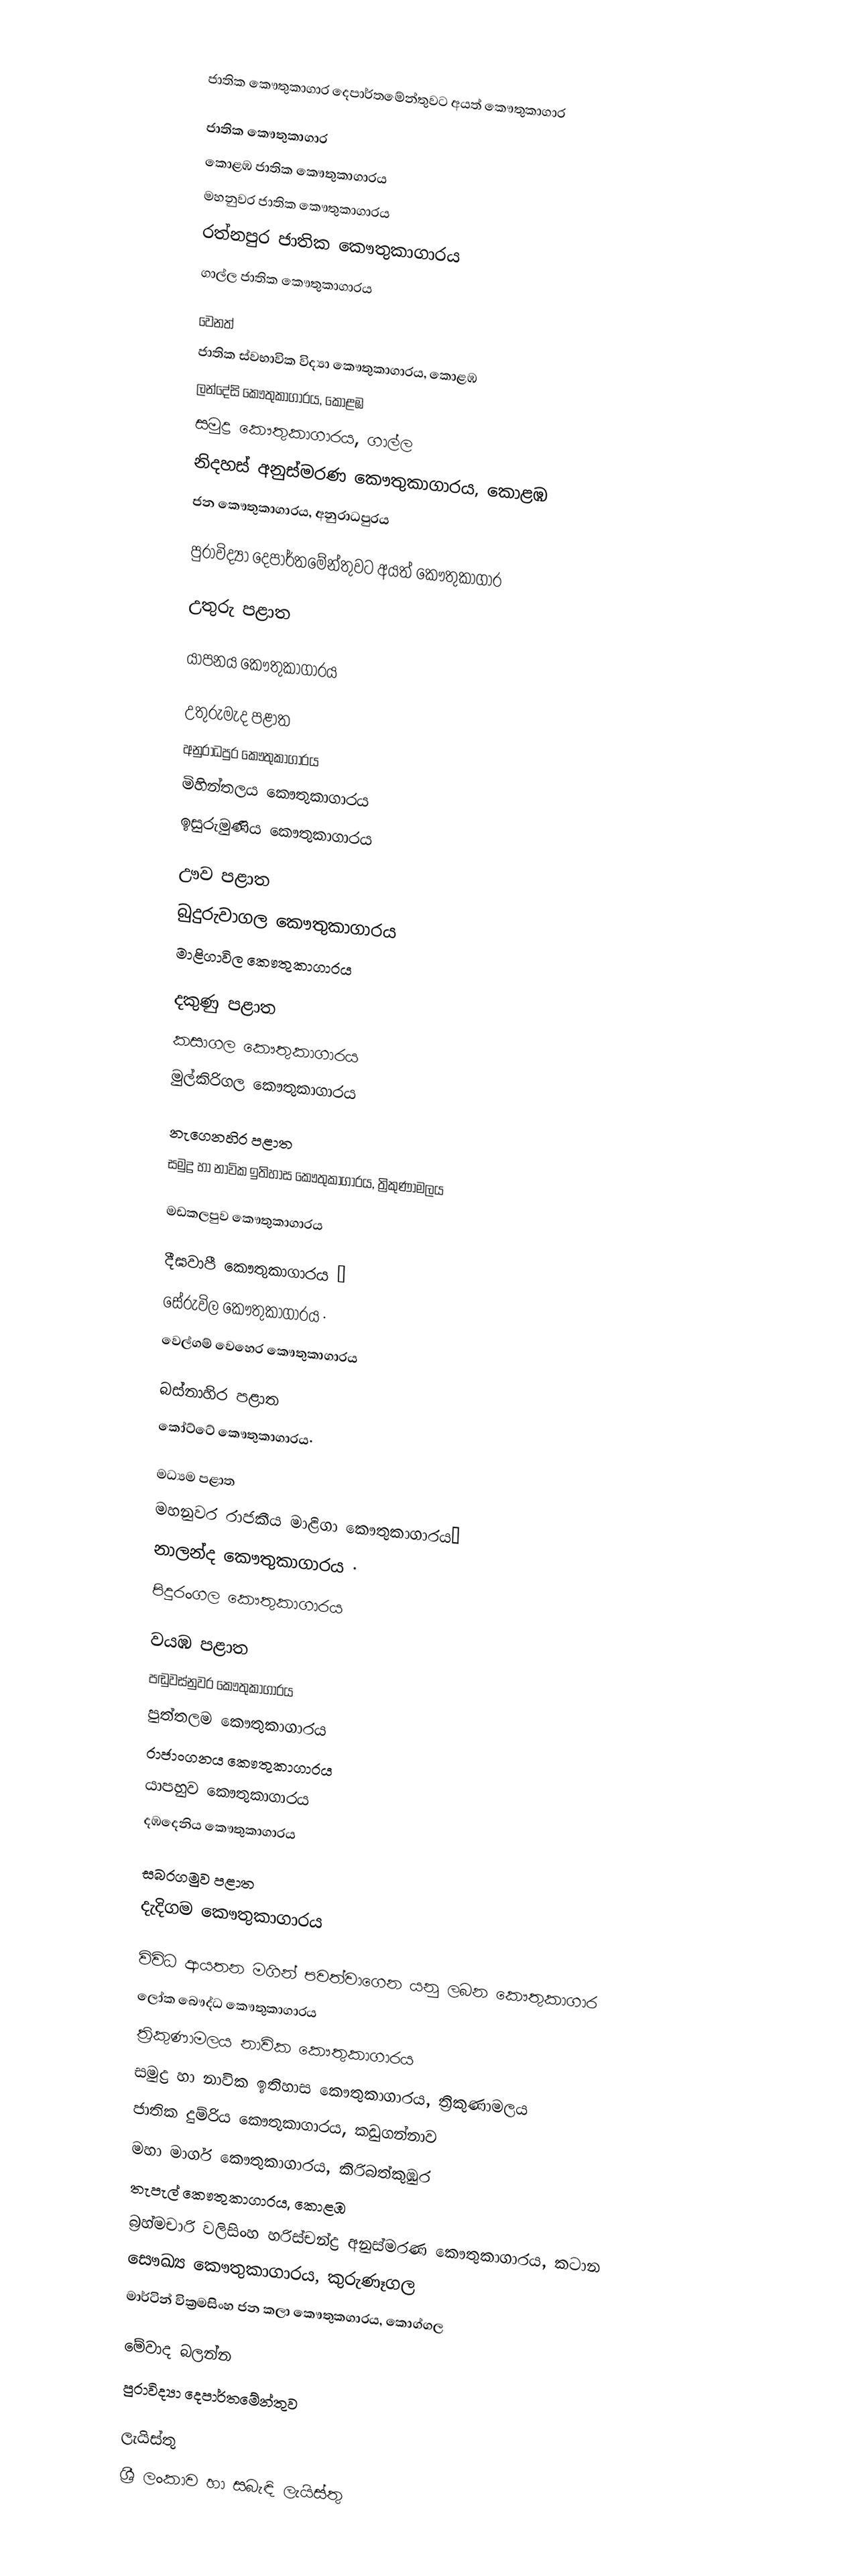

ජාතික කෞතුකාගාර දෙපාර්තමේන්තුවට අයත් කෞතුකාගාර

ජාතික කෞතුකාගාර
 කොළඹ ජාතික කෞතුකාගාරය
 මහනුවර ජාතික කෞතුකාගාරය
 රත්නපුර ජාතික කෞතුකාගාරය
 ගාල්ල ජාතික කෞතුකාගාරය

වෙනත්
 ජාතික ස්වභාවික විද්‍යා කෞතුකාගාරය, කොළඹ
 ලන්දේසි කෞතුකාගාරය, කොළඹ
 සමුද්‍ර කෞතුකාගාරය, ගාල්ල
 නිදහස් අනුස්මරණ කෞතුකාගාරය, කොළඹ
 ජන කෞතුකාගාරය, අනුරාධපුරය

පුරාවිද්‍යා දෙපාර්තමේන්තුවට අයත් කෞතුකාගාර

උතුරු පළාත

යාපනය කෞතුකාගාරය

උතුරුමැද පළාත
අනුරාධපුර කෞතුකාගාරය
මිහින්තලය කෞතුකාගාරය
ඉසුරුමුණිය කෞතුකාගාරය

ඌව පළාත
බුදුරුවාගල කෞතුකාගාරය
මාළිගාවිල කෞතුකාගාරය

දකුණු පළාත
කසාගල කෞතුකාගාරය
මුල්කිරිගල කෞතුකාගාරය

නැගෙනහිර පළාත
 සමුද්‍ර හා නාවික ඉතිහාස කෞතුකාගාරය, ත්‍රිකුණාමලය

 මඩකලපුව කෞතුකාගාරය

දීඝවාපී කෞතුකාගාරය ·
සේරුවිල කෞතුකාගාරය ·
වෙල්ගම් වෙහෙර කෞතුකාගාරය

බස්නාහිර පළාත
කෝට්ටේ කෞතුකාගාරය·

මධ්‍යම පළාත
මහනුවර රාජකීය මාළිගා කෞතුකාගාරය·
නාලන්ද කෞතුකාගාරය ·
පිදුරංගල කෞතුකාගාරය

වයඹ පළාත
 පඬුවස්නුවර කෞතුකාගාරය
 පුත්තලම කෞතුකාගාරය
 රාජාංගනය කෞතුකාගාරය
 යාපහුව කෞතුකාගාරය
 දඹදෙනිය කෞතුකාගාරය

සබරගමුව පළාත
 දැදිගම කෞතුකාගාරය

විවිධ ආයතන මගින් පවත්වාගෙන යනු ලබන කෞතුකාගාර
ලෝක බෞද්ධ කෞතුකාගාරය
ත්‍රිකුණාමලය නාවික කෞතුකාගාරය
සමුද්‍ර හා නාවික ඉතිහාස කෞතුකාගාරය, ත්‍රිකුණාමලය
ජාතික දුම්රිය කෞතුකාගාරය, කඩුගන්නාව
මහා මාර්ග කෞතුකාගාරය, කිරිබත්කුඹුර
තැපැල් කෞතුකාගාරය, කොළඹ
බ්‍රහ්මචාරි වලිසිංහ හරිස්චන්ද්‍ර අනුස්මරණ කෞතුකාගාරය, කටාන
සෞඛ්‍ය කෞතුකාගාරය, කුරුණෑගල
මාර්ටින් වික්‍රමසිංහ ජන කලා කෞතුකගාරය, කොග්ගල

මේවාද බලන්න
 පුරාවිද්‍යා දෙපාර්තමේන්තුව

ලැයිස්තු
ශ්‍රී ලංකාව හා සබැඳි ලැයිස්තු